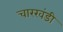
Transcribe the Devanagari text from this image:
चारखंडी